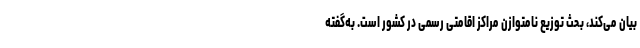
بیان می‌کند، بحث توزیع نامتوازن مراکز اقامتی رسمی در کشور است. به‌گفته